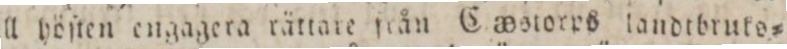
till höſten engagera rättate från Ca_eetorrs landtbrute=